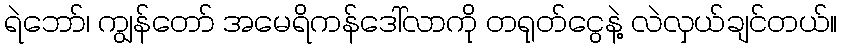
ရဲဘော်၊ ကျွန်တော် အမေရိကန်ဒေါ်လာကို တရုတ်ငွေနဲ့ လဲလှယ်ချင်တယ်။